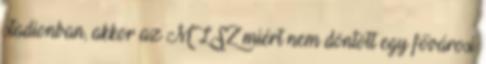
stadionban, akkor az MLSZ miért nem döntött egy fővárosi